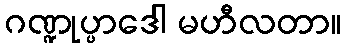
ဂဏ္ဍုပ္ပာဒေါ မဟီလတာ။